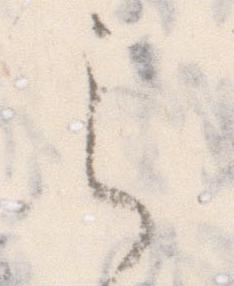
之